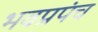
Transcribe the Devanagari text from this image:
भवप्रपंच